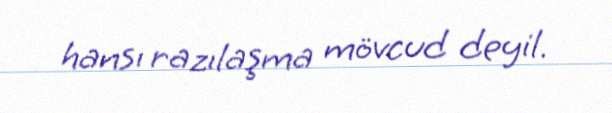
hansı razılaşma mövcud deyil.